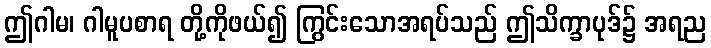
ဤဂါမ၊ ဂါမူပစာရ တို့ကိုဖယ်၍ ကြွင်းသောအရပ်သည် ဤသိက္ခာပုဒ်၌ အရည